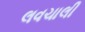
લવચાલી